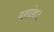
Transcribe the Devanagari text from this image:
दशांश।